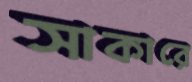
সাকারে